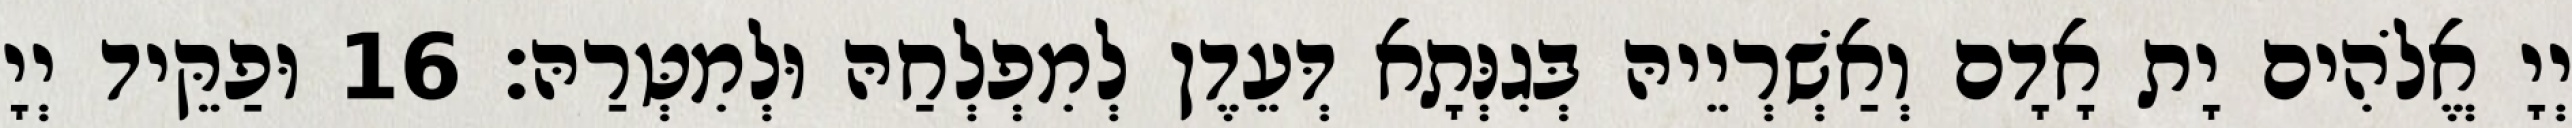
יְיָ אֱלֹהִים יָת אָדָם וְאַשְׁרְיֵיהּ בְּגִנְּתָא דְּעֵדֶן לְמִפְלְחַהּ וּלְמִטְּרַהּ׃ 16 וּפַקֵּיד יְיָ